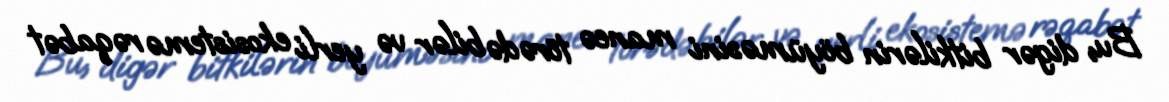
Bu, digər bitkilərin böyüməsini maneə törədə bilər və yerli ekosistemə rəqabət